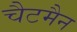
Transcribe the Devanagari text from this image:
चैटमैन